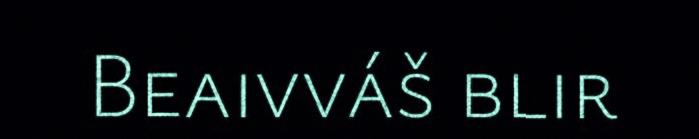
Beaivváš blir